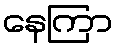
နေကြာ